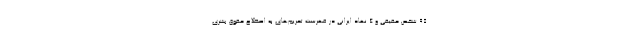
95 شخص حقیقی و 4 نهاد ایرانی در فهرست تحریم‌های به اصطلاح حقوق بشری